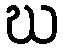
ဃ